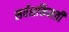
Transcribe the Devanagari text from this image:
सर्वशक्तिमती